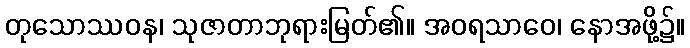
တုသောဿဝန၊ သုဇာတာဘုရားမြတ်၏။ အဝရသာဝေ၊ နောအဖို့၌။